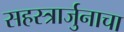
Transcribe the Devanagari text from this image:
सहस्त्रार्जुनाचा